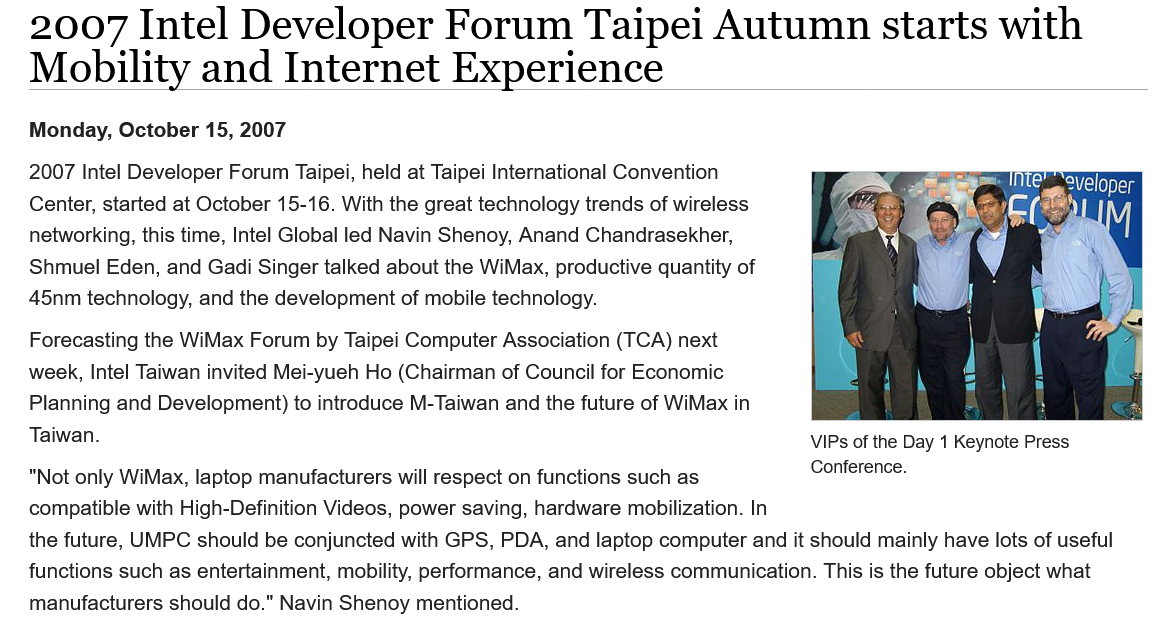
2007    Intel    Developer    Forum    Taipei    Autumn    starts    with
   Mobility    and    Internet    Experience
   2007 Intel Developer Forum Taipei, held at Taipei International Convention
   Center, started at October 15-16. With the great technology trends of wireless
   networking, this time, Intel Global led Navin Shenoy, Anand Chandrasekher,
   Shmuel  Eden, and Gadi Singer talked about the WiMax, productive quantity of
   45nm  technology, and the development of mobile technology.
   Forecasting the WiMax Forum by Taipei Computer Association (TCA) next
   week, Intel Taiwan invited Mei-yueh Ho (Chairman of Council for Economic
   Planning and Development) to introduce M-Taiwan and the future of WiMax in
   Taiwan.
   “Not only WiMax, laptop manufacturers will respect on functions such as
   compatible with High-Definition Videos, power saving, hardware mobilization. In
   the future, UMPC should be conjuncted with GPS, PDA, and laptop computer and it should mainly have lots of useful
   functions such as entertainment, mobility, performance, and wireless communication. This is the future object what
   manufacturers should do." Navin Shenoy mentioned.
     VIPs of the Day 1 Keynote Press
     Conference.
   Monday,  October 15, 2007